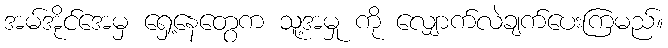
အမ်အိုင်အေမှ ရှေ့နေတွေက သူ့အမှု ကို လျှောက်လဲချက်ပေးကြမည်။